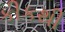
કીકથી